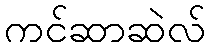
ကင်ဆာဆဲလ်